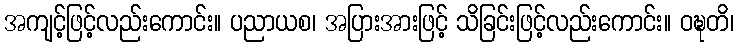
အကျင့်ဖြင့်လည်းကောင်း။ ပညာယစ၊ အပြားအားဖြင့် သိခြင်းဖြင့်လည်းကောင်း။ ဝဍ္ဎတိ၊